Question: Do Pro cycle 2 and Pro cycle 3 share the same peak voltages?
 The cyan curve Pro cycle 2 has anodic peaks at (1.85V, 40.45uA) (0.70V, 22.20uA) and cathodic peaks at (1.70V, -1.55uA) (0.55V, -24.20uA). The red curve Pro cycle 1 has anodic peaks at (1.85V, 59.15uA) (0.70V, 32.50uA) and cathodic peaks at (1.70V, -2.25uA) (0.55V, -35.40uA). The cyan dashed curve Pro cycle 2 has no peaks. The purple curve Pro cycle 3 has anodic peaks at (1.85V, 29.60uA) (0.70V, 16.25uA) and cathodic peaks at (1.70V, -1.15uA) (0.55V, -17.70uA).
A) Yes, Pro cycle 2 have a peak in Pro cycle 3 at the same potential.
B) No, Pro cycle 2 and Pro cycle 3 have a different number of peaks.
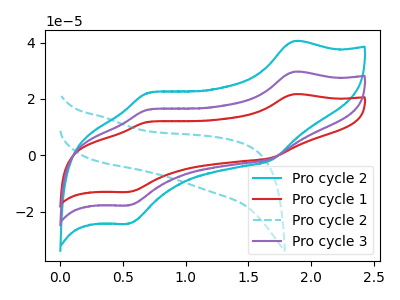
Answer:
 <answer>A) Yes, "Pro cycle 2" have a peak in "Pro cycle 3" at the same potential.</answer>
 <eval>A</eval>